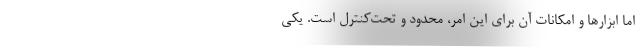
اما ابزارها و امکانات آن برای این امر، محدود و تحت‌کنترل است. یکی